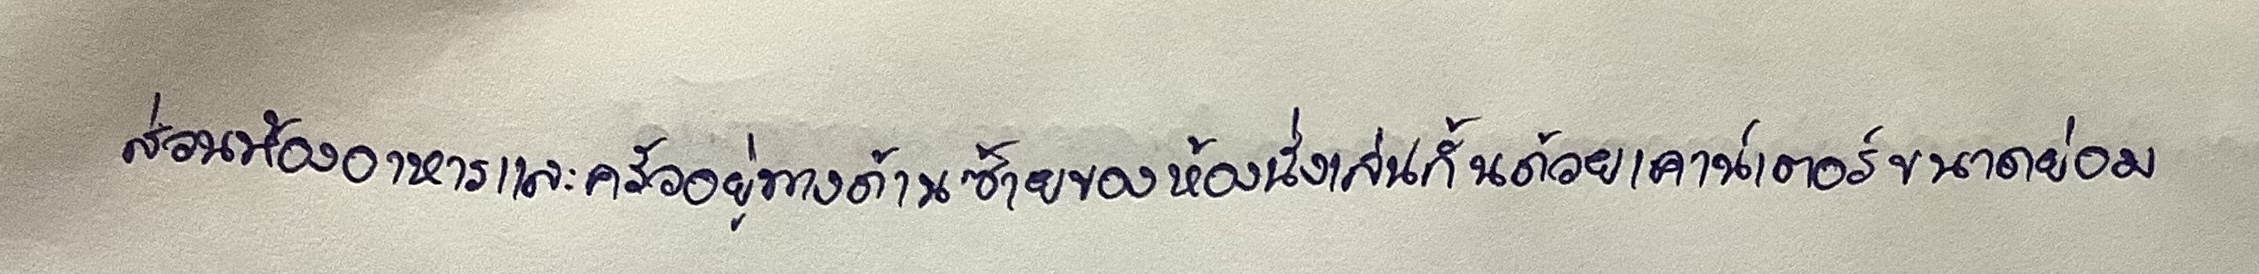
ส่วนห้องอาหารและครัวอยู่ทางด้านซ้ายของห้องนั่งเล่นกั้นด้วยเคาน์เตอร์ขนาดย่อม